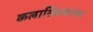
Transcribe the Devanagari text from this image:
कलाशिक्षकांच्या